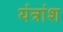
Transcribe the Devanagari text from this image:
यंत्रांश